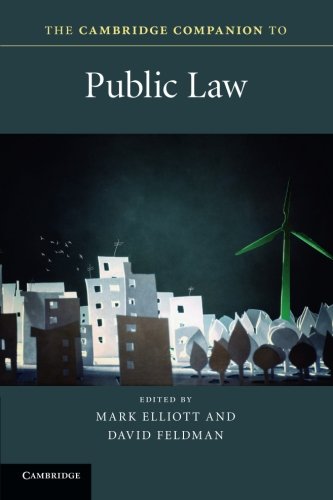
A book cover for The Cambridge Companion to Public Law (Cambridge Companions to Law); Law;